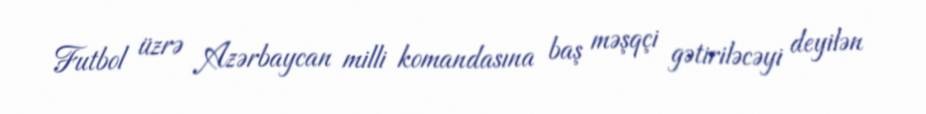
Futbol üzrə Azərbaycan milli komandasına baş məşqçi gətiriləcəyi deyilən